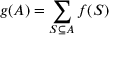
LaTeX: g ( A ) = \sum _ { S \subseteq A } f ( S )